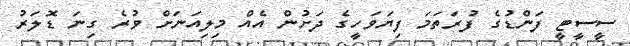
ސީސީޓީ ފަންޑުގެ ފުރަތަމަ ފިޔަވަހީގެ ދަށުން އެއް މިލިއަނަށް ވުރެ ގިނަ ޑޮލަރު